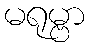
မရုမ္ဗာ